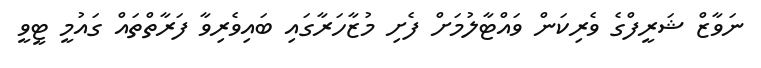
ނަވާޒް ޝަރީފްގެ ވެރިކަން ވައްޓާލުމަށް ފެށި މުޒާހަރާގައި ބައިވެރިވާ ފަރާތްތައް ގައުމީ ޓީވީ